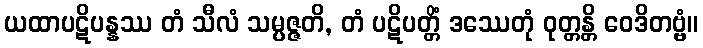
ယထာပဋိပန္နဿ တံ သီလံ သမ္ပဇ္ဇတိ, တံ ပဋိပတ္တိံ ဒဿေတုံ ဝုတ္တန္တိ ဝေဒိတဗ္ဗံ။